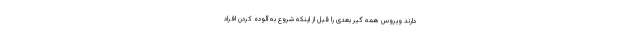
دارند ویروس همه گیر بعدی را قبل از اینکه شروع به آلوده کردن افراد